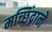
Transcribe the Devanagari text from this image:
मच्छिंद्राने